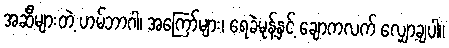
အဆီများတဲ့ ဟမ်ဘာဂါ၊ အကြော်များ၊ ရေခဲမုန့်နှင့် ချောကလက် လျှော့ချပါ။